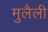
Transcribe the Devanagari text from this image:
मुलैली